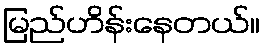
မြည်ဟိန်းနေတယ်။